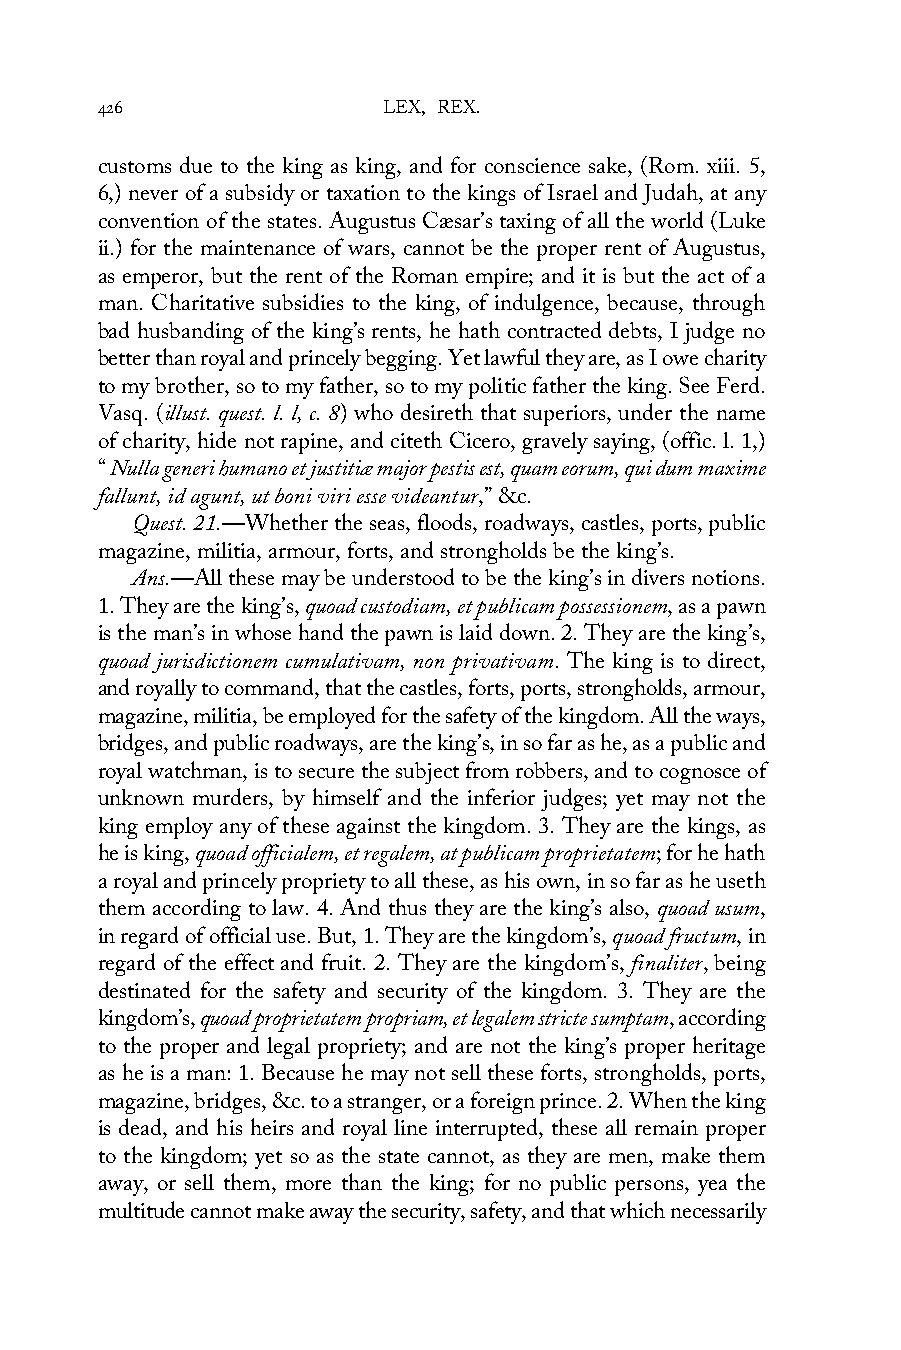
426                LEX, REX.
 customs due to the king as king, and for conscience sake, (Rom. xiii. 5,
 6,) never of a subsidy or taxation to the kings of Israel and Judah, at any
 convention of the states. Augustus Cæsar’s taxing of all the world (Luke
 ii.) for the maintenance of wars, cannot be the proper rent of Augustus,
 as emperor, but the rent of the Roman empire; and it is but the act of a
 man. Charitative subsidies to the king, of indulgence, because, through
 bad husbanding of the king’s rents, he hath contracted debts, I judge no
 better than royal and princely begging. Yet lawful they are, as I owe charity
 to my brother, so to my father, so to my politic father the king. See Ferd.
 Vasq. (illust. quest. l. l, c. 8) who desireth that superiors, under the name
 of charity, hide not rapine, and citeth Cicero, gravely saying, (offic. l. 1,)
 “ Nulla generi humano et justitiæ major pestis est, quam eorum, qui dum maxime
 fallunt, id agunt, ut boni viri esse videantur,” &c.
 Quest. 21.—Whether the seas, floods, roadways, castles, ports, public
 magazine, militia, armour, forts, and strongholds be the king’s.
 Ans.—All these may be understood to be the king’s in divers notions.
 1. They are the king’s, quoad custodiam, et publicam possessionem, as a pawn
 is the man’s in whose hand the pawn is laid down. 2. They are the king’s,
 quoad jurisdictionem cumulativam, non privativam. The king is to direct,
 and royally to command, that the castles, forts, ports, strongholds, armour,
 magazine, militia, be employed for the safety of the kingdom. All the ways,
 bridges, and public roadways, are the king’s, in so far as he, as a public and
 royal watchman, is to secure the subject from robbers, and to cognosce of
 unknown murders, by himself and the inferior judges; yet may not the
 king employ any of these against the kingdom. 3. They are the kings, as
 he is king, quoad officialem, et regalem, at publicam proprietatem; for he hath
 a royal and princely propriety to all these, as his own, in so far as he useth
 them according to law. 4. And thus they are the king’s also, quoad usum,
 in regard of official use. But, 1. They are the kingdom’s, quoad fructum, in
 regard of the effect and fruit. 2. They are the kingdom’s, finaliter, being
 destinated for the safety and security of the kingdom. 3. They are the
 kingdom’s, quoad proprietatem propriam, et legalem stricte sumptam, according
 to the proper and legal propriety; and are not the king’s proper heritage
 as he is a man: 1. Because he may not sell these forts, strongholds, ports,
 magazine, bridges, &c. to a stranger, or a foreign prince. 2. When the king
 is dead, and his heirs and royal line interrupted, these all remain proper
 to the kingdom; yet so as the state cannot, as they are men, make them
 away, or sell them, more than the king; for no public persons, yea the
 multitude cannot make away the security, safety, and that which necessarily